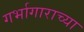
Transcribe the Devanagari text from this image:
गर्भागाराच्या